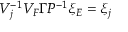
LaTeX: V _ { j } ^ { - 1 } V _ { F } \Gamma { \cal P } ^ { - 1 } \xi _ { E } = \xi _ { j }